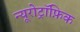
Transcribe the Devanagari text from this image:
न्यूरोट्रॉफ़िक